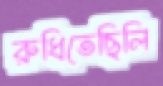
রুধিতেছিলি